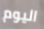
اليوم